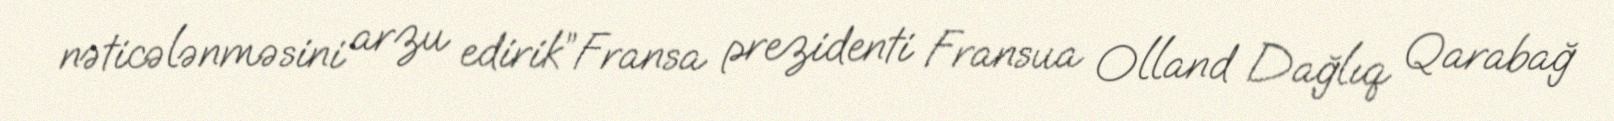
nəticələnməsini arzu edirik”Fransa prezidenti Fransua Olland Dağlıq Qarabağ